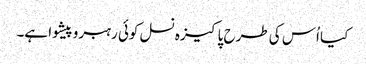
کیا اُس کی طرح پاکیزہ نسل کوئی رہبروپیشوا ہے۔